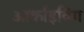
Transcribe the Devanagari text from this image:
आर्काइविंग